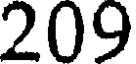
209